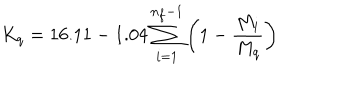
K _ { q } = 1 6 . 1 1 - 1 . 0 4 \sum _ { i = 1 } ^ { n _ { f } - 1 } \left( 1 - \frac { M _ { i } } { M _ { q } } \right)